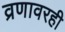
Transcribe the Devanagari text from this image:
व्रणावरही